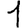
Digit: 1